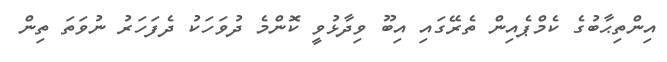
އިންތިޙާބުގެ ކެމްޕެއިން ތެރޭގައި އިބޫ ވިދާޅުވީ ކޮންމެ ދުވަހަކު ދެފަހަރު ނުވަތަ ތިން